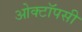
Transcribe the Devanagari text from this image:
ओक्टॉपसी